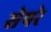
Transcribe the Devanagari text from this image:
सेपरे